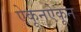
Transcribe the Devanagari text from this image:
ऐकूनऐकून